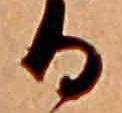
る